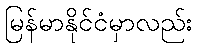
မြန်မာနိုင်ငံမှာလည်း